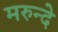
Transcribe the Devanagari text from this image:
मरुन्दे